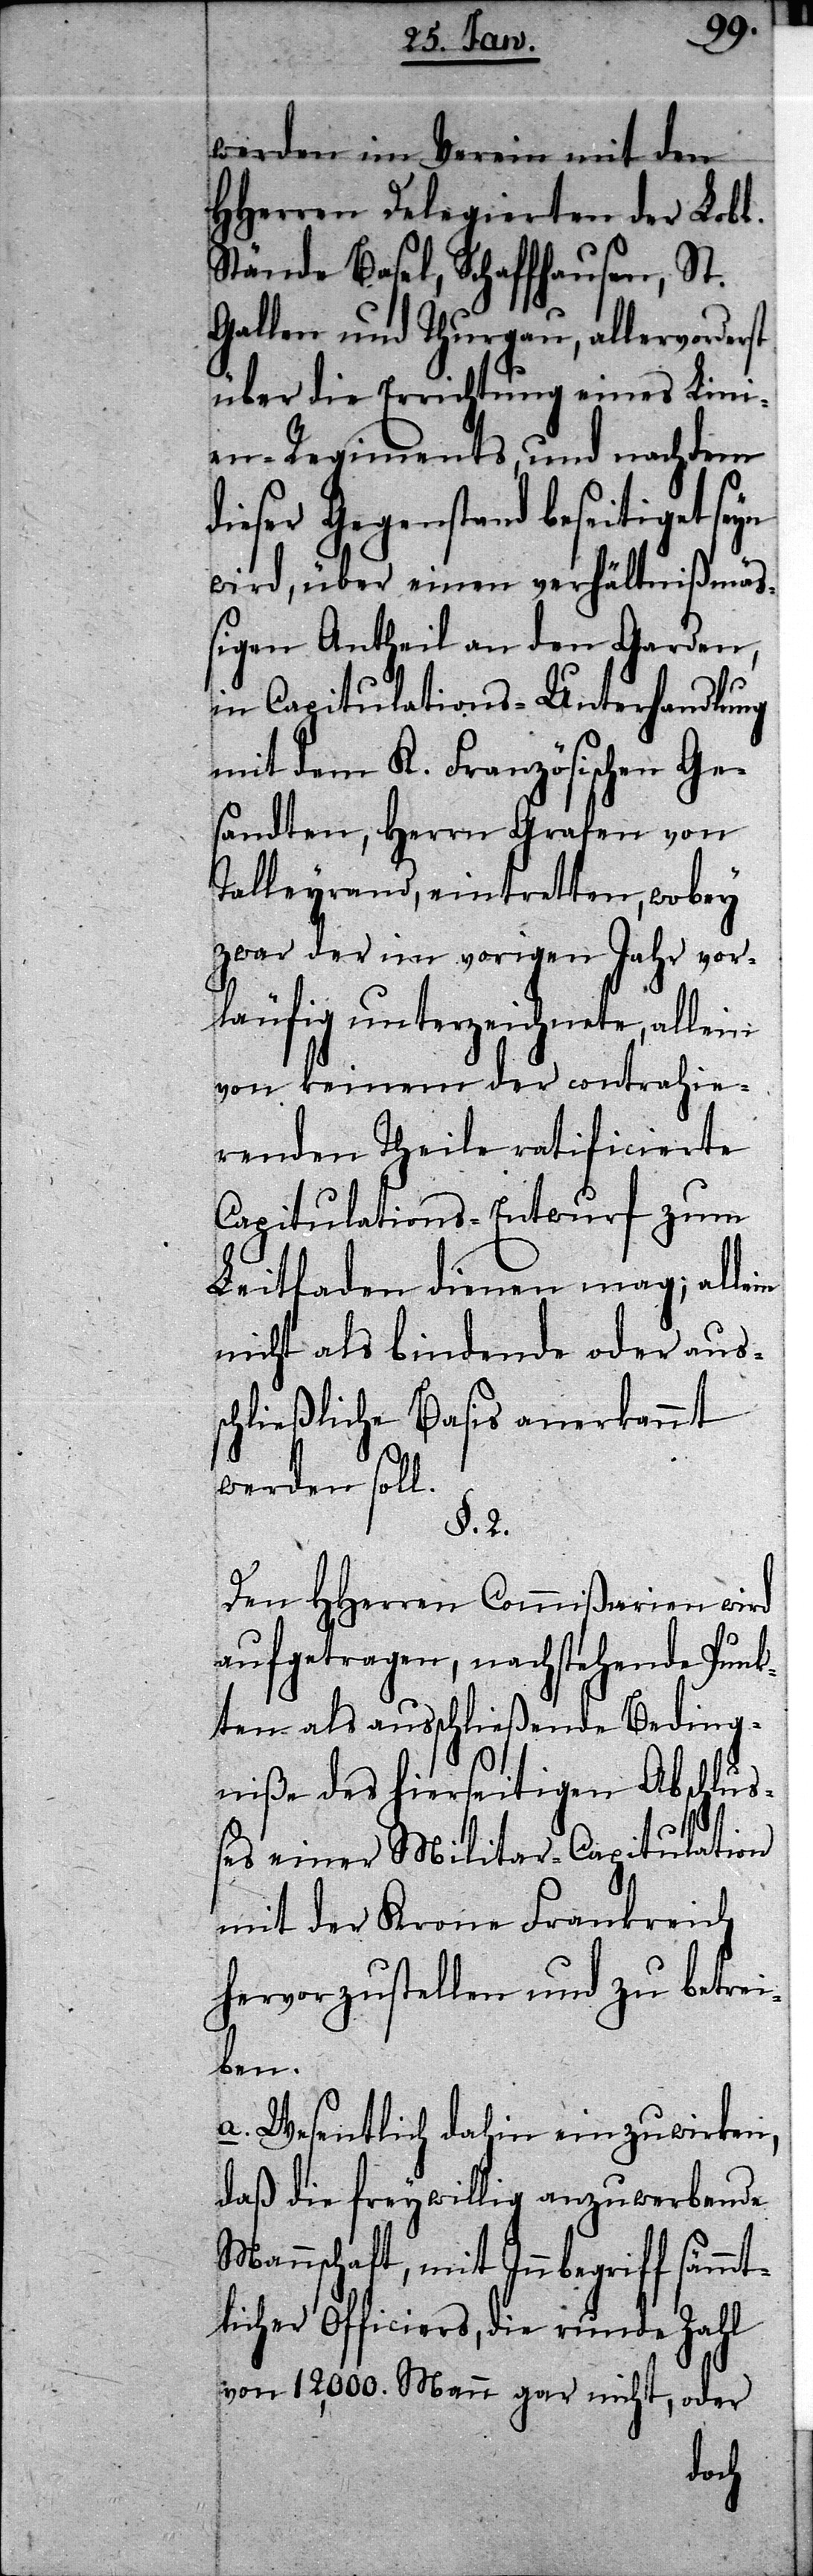
st
werden im Verein mit den
HHerren Delegierten der Lobl.
Stände Basel, Schaffhausen, St.
Gallen und Thurgau, allervorder¬
über die Errichtung eines Lini¬
en-Regiments, und nachdem
dieser Gegenstand beseitiget
wird, über einen verhältnißmä¬
ßigen Antheil an den Garden,
in Capitulations-Unterhandlung
mit dem K. Französischen Ge¬
sandten, Herrn Grafen von
Talleyrand, eintretten, wobey
zwar der im vorigen Jahr vor¬
läufig unterzeichnete, allein
von keinem der contrahie¬
renden Theile ratificierte
Capitulations-Entwurf zum
Leitfaden dienen mag; allein
nicht als bindende oder aus¬
schließliche Basis anerkannt
werden soll.
§. 2.
Den HHerren Commißarien wird
aufgetragen, nachstehende Punk¬
ten als ausschließende Beding¬
niße des hierseitigen Abschlu¬
ßes einer Militar-Capitulation
mit der Krone Frankreich
hervorzustellen und zu betrei¬
ben.
a. Wesentlich dahin einzuwirken,
daß die freywillig anzuwerbende
Mannschaft, mit Innbegriff sämmt¬
licher Officiers, die runde Zahl
von 12,000. Mann gar nicht, oder